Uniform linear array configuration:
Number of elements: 24
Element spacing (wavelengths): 0.5
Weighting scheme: exponential
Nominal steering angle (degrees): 0
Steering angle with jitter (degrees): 1.067
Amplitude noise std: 0.05
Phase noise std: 0.05

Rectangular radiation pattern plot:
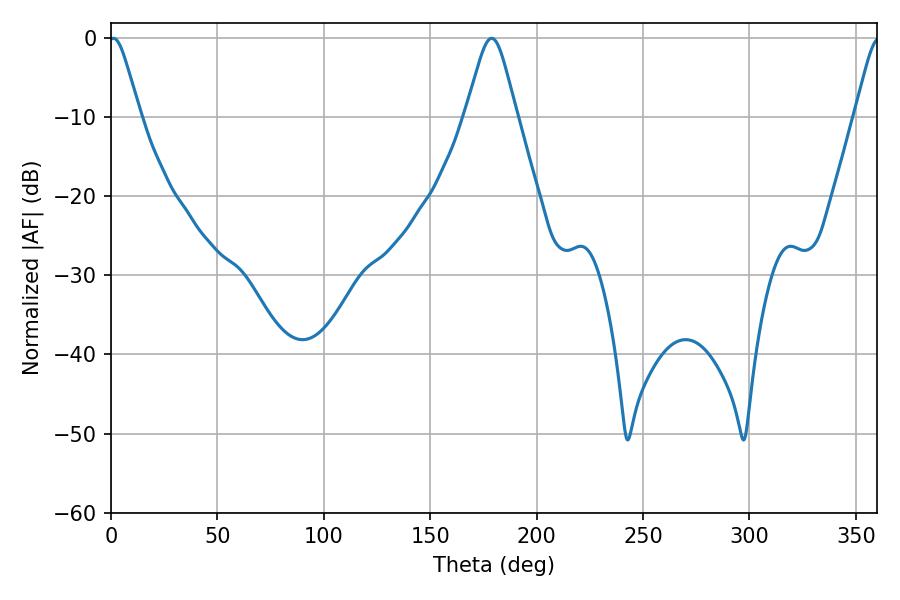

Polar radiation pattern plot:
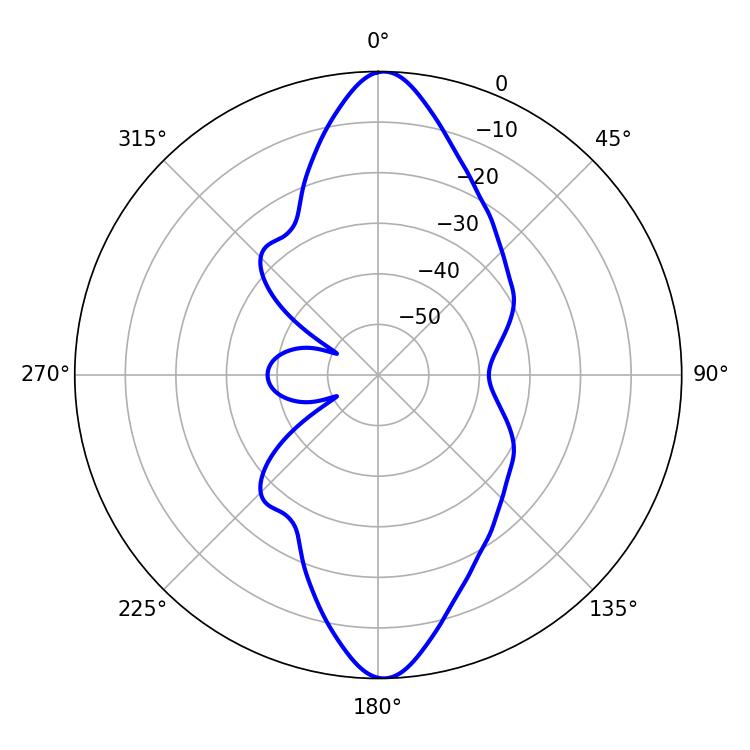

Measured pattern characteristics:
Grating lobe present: FALSE
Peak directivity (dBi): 21.173
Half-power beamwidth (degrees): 7.02
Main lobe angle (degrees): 1.08